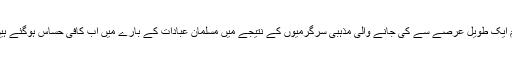
تاہم ایک طویل عرصے سے کی جانے والی مذہبی سرگرمیوں کے نتیجے میں مسلمان عبادات کے بارے میں اب کافی حساس ہوگئے ہیں ۔